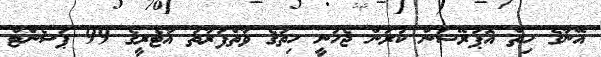
އޭނާގެ ހިތް އޮޕަރޭޝަން ކުރަން ޖެހުނީ ހިތުގެ ވާތްފަރާތު އާޓެރީގެ 99 ޕަސެންޓް